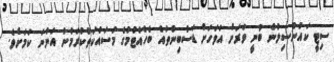
ސިޓީ ކައުންސިލުން ބުނީ ވަރަށް އަވަހަށް ޑަސްބިންތައް ބެހެއްޓުމުގެ މަސައްކަތްކުރަމުން އަންނަ ކަމަށެވެ.